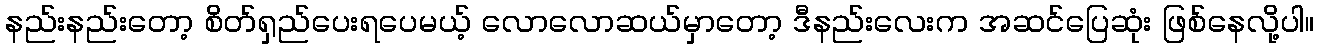
နည်းနည်းတော့ စိတ်ရှည်ပေးရပေမယ့် လောလောဆယ်မှာတော့ ဒီနည်းလေးက အဆင်ပြေဆုံး ဖြစ်နေလို့ပါ။